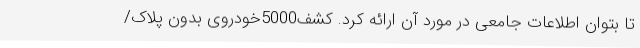
تا بتوان اطلاعات جامعی در مورد آن ارائه کرد. کشف5000خودروی بدون پلاک/